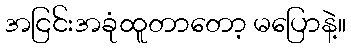
အငြင်းအခုံထူတာတော့ မပြောနဲ့။